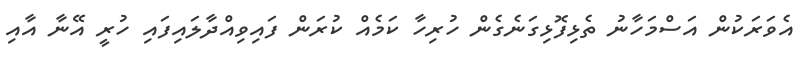
އެވަރަކުން އަސްމަހާނު ތެޅިފޮޅިގަނެގެން ހުރިހާ ކަމެއް ކުރަން ފައިވިއްދާލައިފައި ހުރީ އޭނާ އާއި